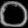
Digit: ၀